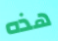
هذه